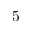
5